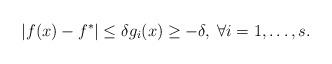
LaTeX: \begin{align*}|f(x)-f^*|\le\delta g_i(x)\ge-\delta,\;\forall i=1,\dots,s.\end{align*}